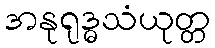
အနုရုဒ္ဓသံယုတ္တ